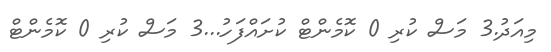
މިއަދު.3 މަސް ކުރި 0 ކޮމެންޓް ކުށައްފަހު...3 މަސް ކުރި 0 ކޮމެންޓް